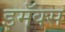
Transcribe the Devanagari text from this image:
इमॅक्स